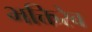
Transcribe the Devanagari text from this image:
भक्तिरेव